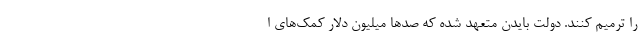
را ترمیم کنند. دولت بایدن متعهد شده که صدها میلیون دلار کمک‌های ا